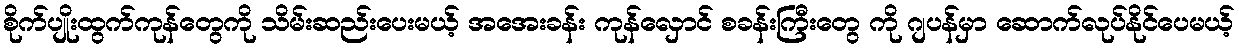
စိုက်ပျိုးထွက်ကုန်တွေကို သိမ်းဆည်းပေးမယ့် အအေးခန်း ကုန်လှောင် စခန်းကြီးတွေ ကို ဂျပန်မှာ ဆောက်လုပ်နိုင်ပေမယ့်